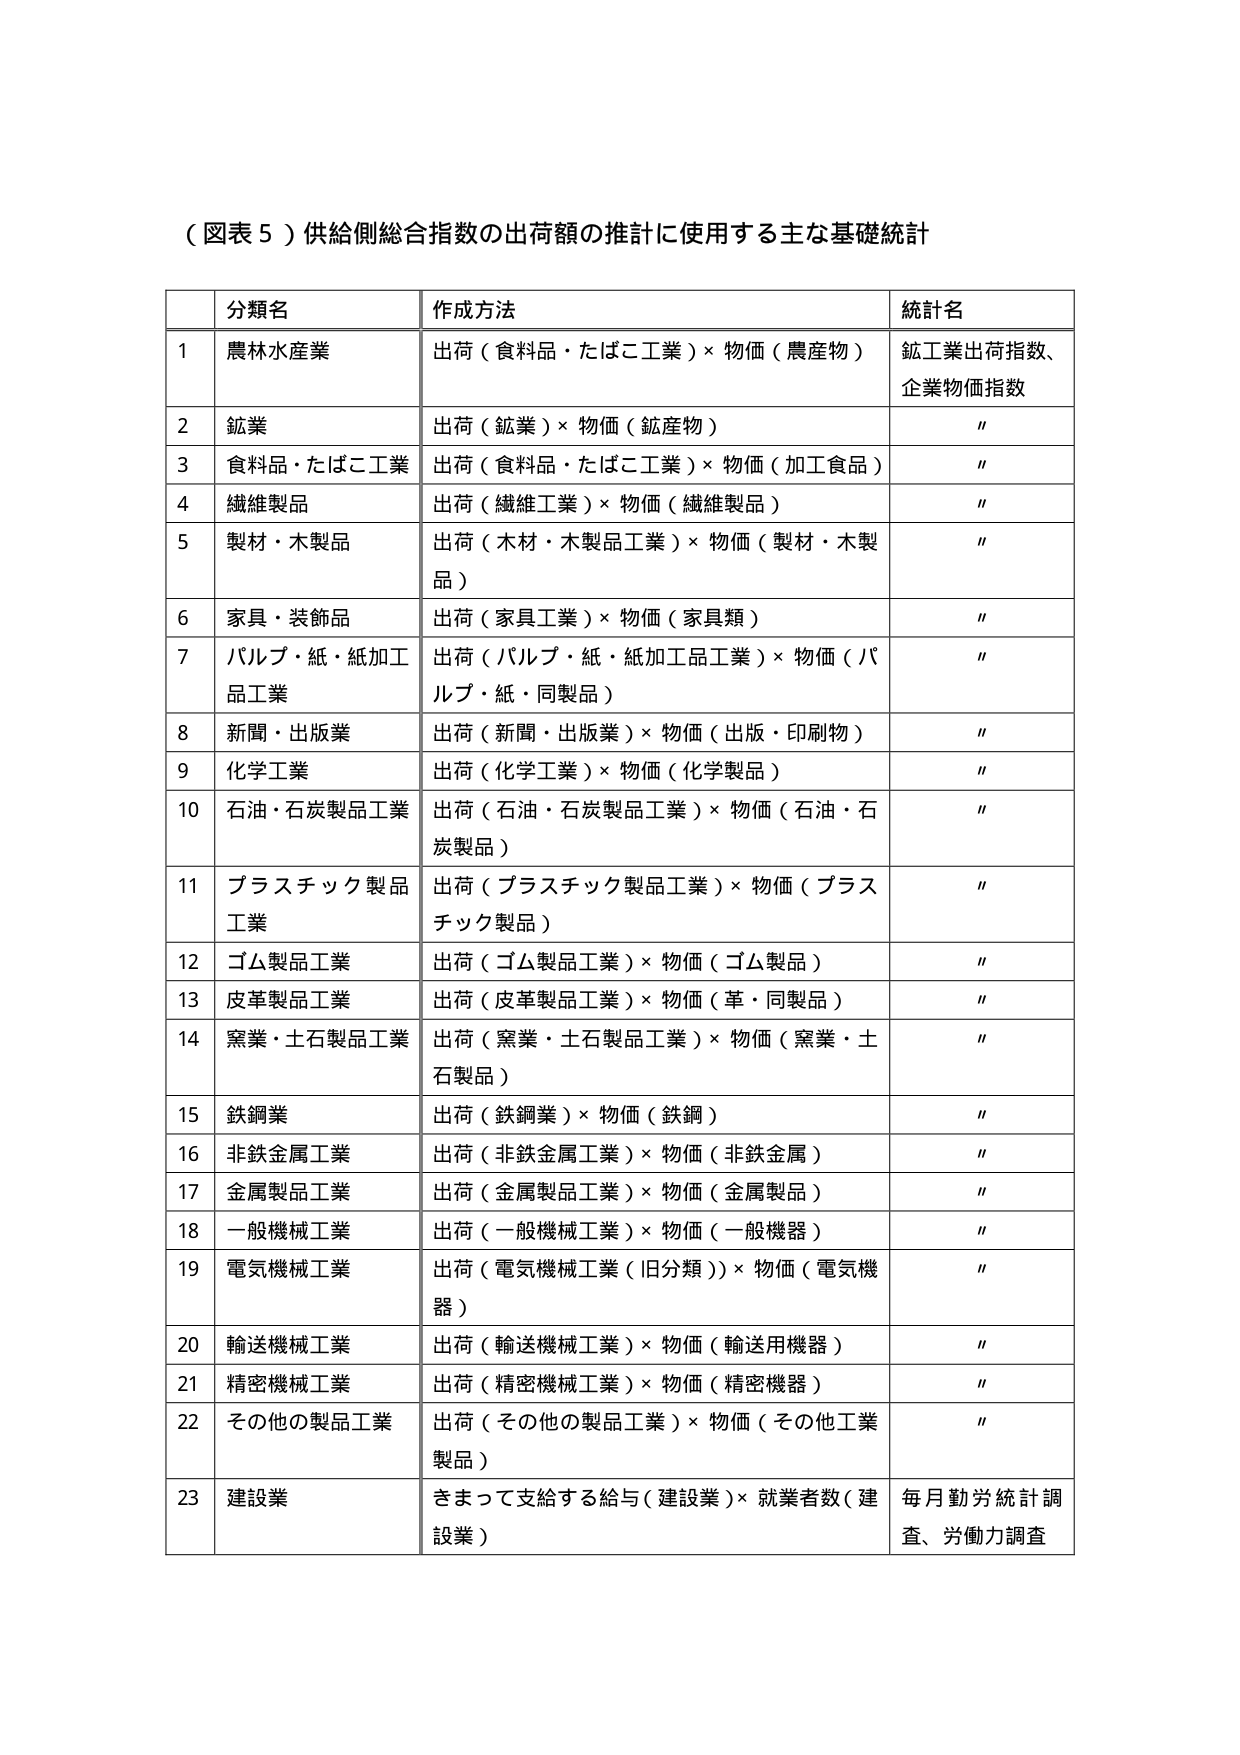
（図表５）供給側総合指数の出荷額の推計に使用する主な基礎統計

分類名 作成方法 統計名
1 農林水産業 出荷（食料品・たばこ工業）× 物価（農産物） 鉱工業出荷指数、企業物価指数
2 鉱業 出荷（鉱業）× 物価（鉱産物） "
3 食料品・たばこ工業 出荷（食料品・たばこ工業）× 物価（加工食品） "
4 繊維製品 出荷（繊維工業）× 物価（繊維製品） "
5 製材・木製品 出荷（木材・木製品工業）× 物価（製材・木製品） "
6 家具・装飾品 出荷（家具工業）× 物価（家具類） "
7 パルプ・紙・紙加工品工業 出荷（パルプ・紙・紙加工品工業）× 物価（パルプ・紙・同製品） "
8 新聞・出版業 出荷（新聞・出版業）× 物価（出版・印刷物） "
9 化学工業 出荷（化学工業）× 物価（化学製品） "
10 石油・石炭製品工業 出荷（石油・石炭製品工業）× 物価（石油・石炭製品） "
11 プラスチック製品工業 出荷（プラスチック製品工業）× 物価（プラスチック製品） "
12 ゴム製品工業 出荷（ゴム製品工業）× 物価（ゴム製品） "
13 皮革製品工業 出荷（皮革製品工業）× 物価（革・同製品） "
14 窯業・土石製品工業 出荷（窯業・土石製品工業）× 物価（窯業・土石製品） "
15 鉄鋼業 出荷（鉄鋼業）× 物価（鉄鋼） "
16 非鉄金属工業 出荷（非鉄金属工業）× 物価（非鉄金属） "
17 金属製品工業 出荷（金属製品工業）× 物価（金属製品） "
18 一般機械工業 出荷（一般機械工業）× 物価（一般機器） "
19 電気機械工業 出荷（電気機械工業（旧分類））× 物価（電気機器） "
20 輸送機械工業 出荷（輸送機械工業）× 物価（輸送用機器） "
21 精密機械工業 出荷（精密機械工業）× 物価（精密機器） "
22 その他の製品工業 出荷（その他の製品工業）× 物価（その他工業製品） "
23 建設業 きまって支給する給与（建設業）× 就業者数（建設業） 毎月勤労統計調査、労働力調査